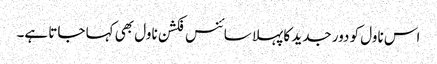
اس ناول کو دور جدید کا پہلا سائنس فکشن ناول بھی کہا جاتا ہے۔